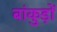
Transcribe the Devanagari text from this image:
बांकुड़ों